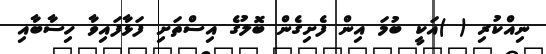
ނިއްކުރި ( )އަކީ ބުމަ އިން ފެށިގެން ބޮލުގެ އިސްތަށި ފަޅާފައިވާ ހިސާބާއި